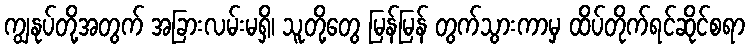
ကျွနုပ်တို့အတွက် အခြားလမ်းမရှိ၊ သူတို့တွေ မြန်မြန် တွက်သွားကာမှ ထိပ်တိုက်ရင်ဆိုင်စရာ